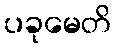
ပခုမေတိ